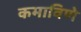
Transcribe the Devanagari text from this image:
कमाविणे